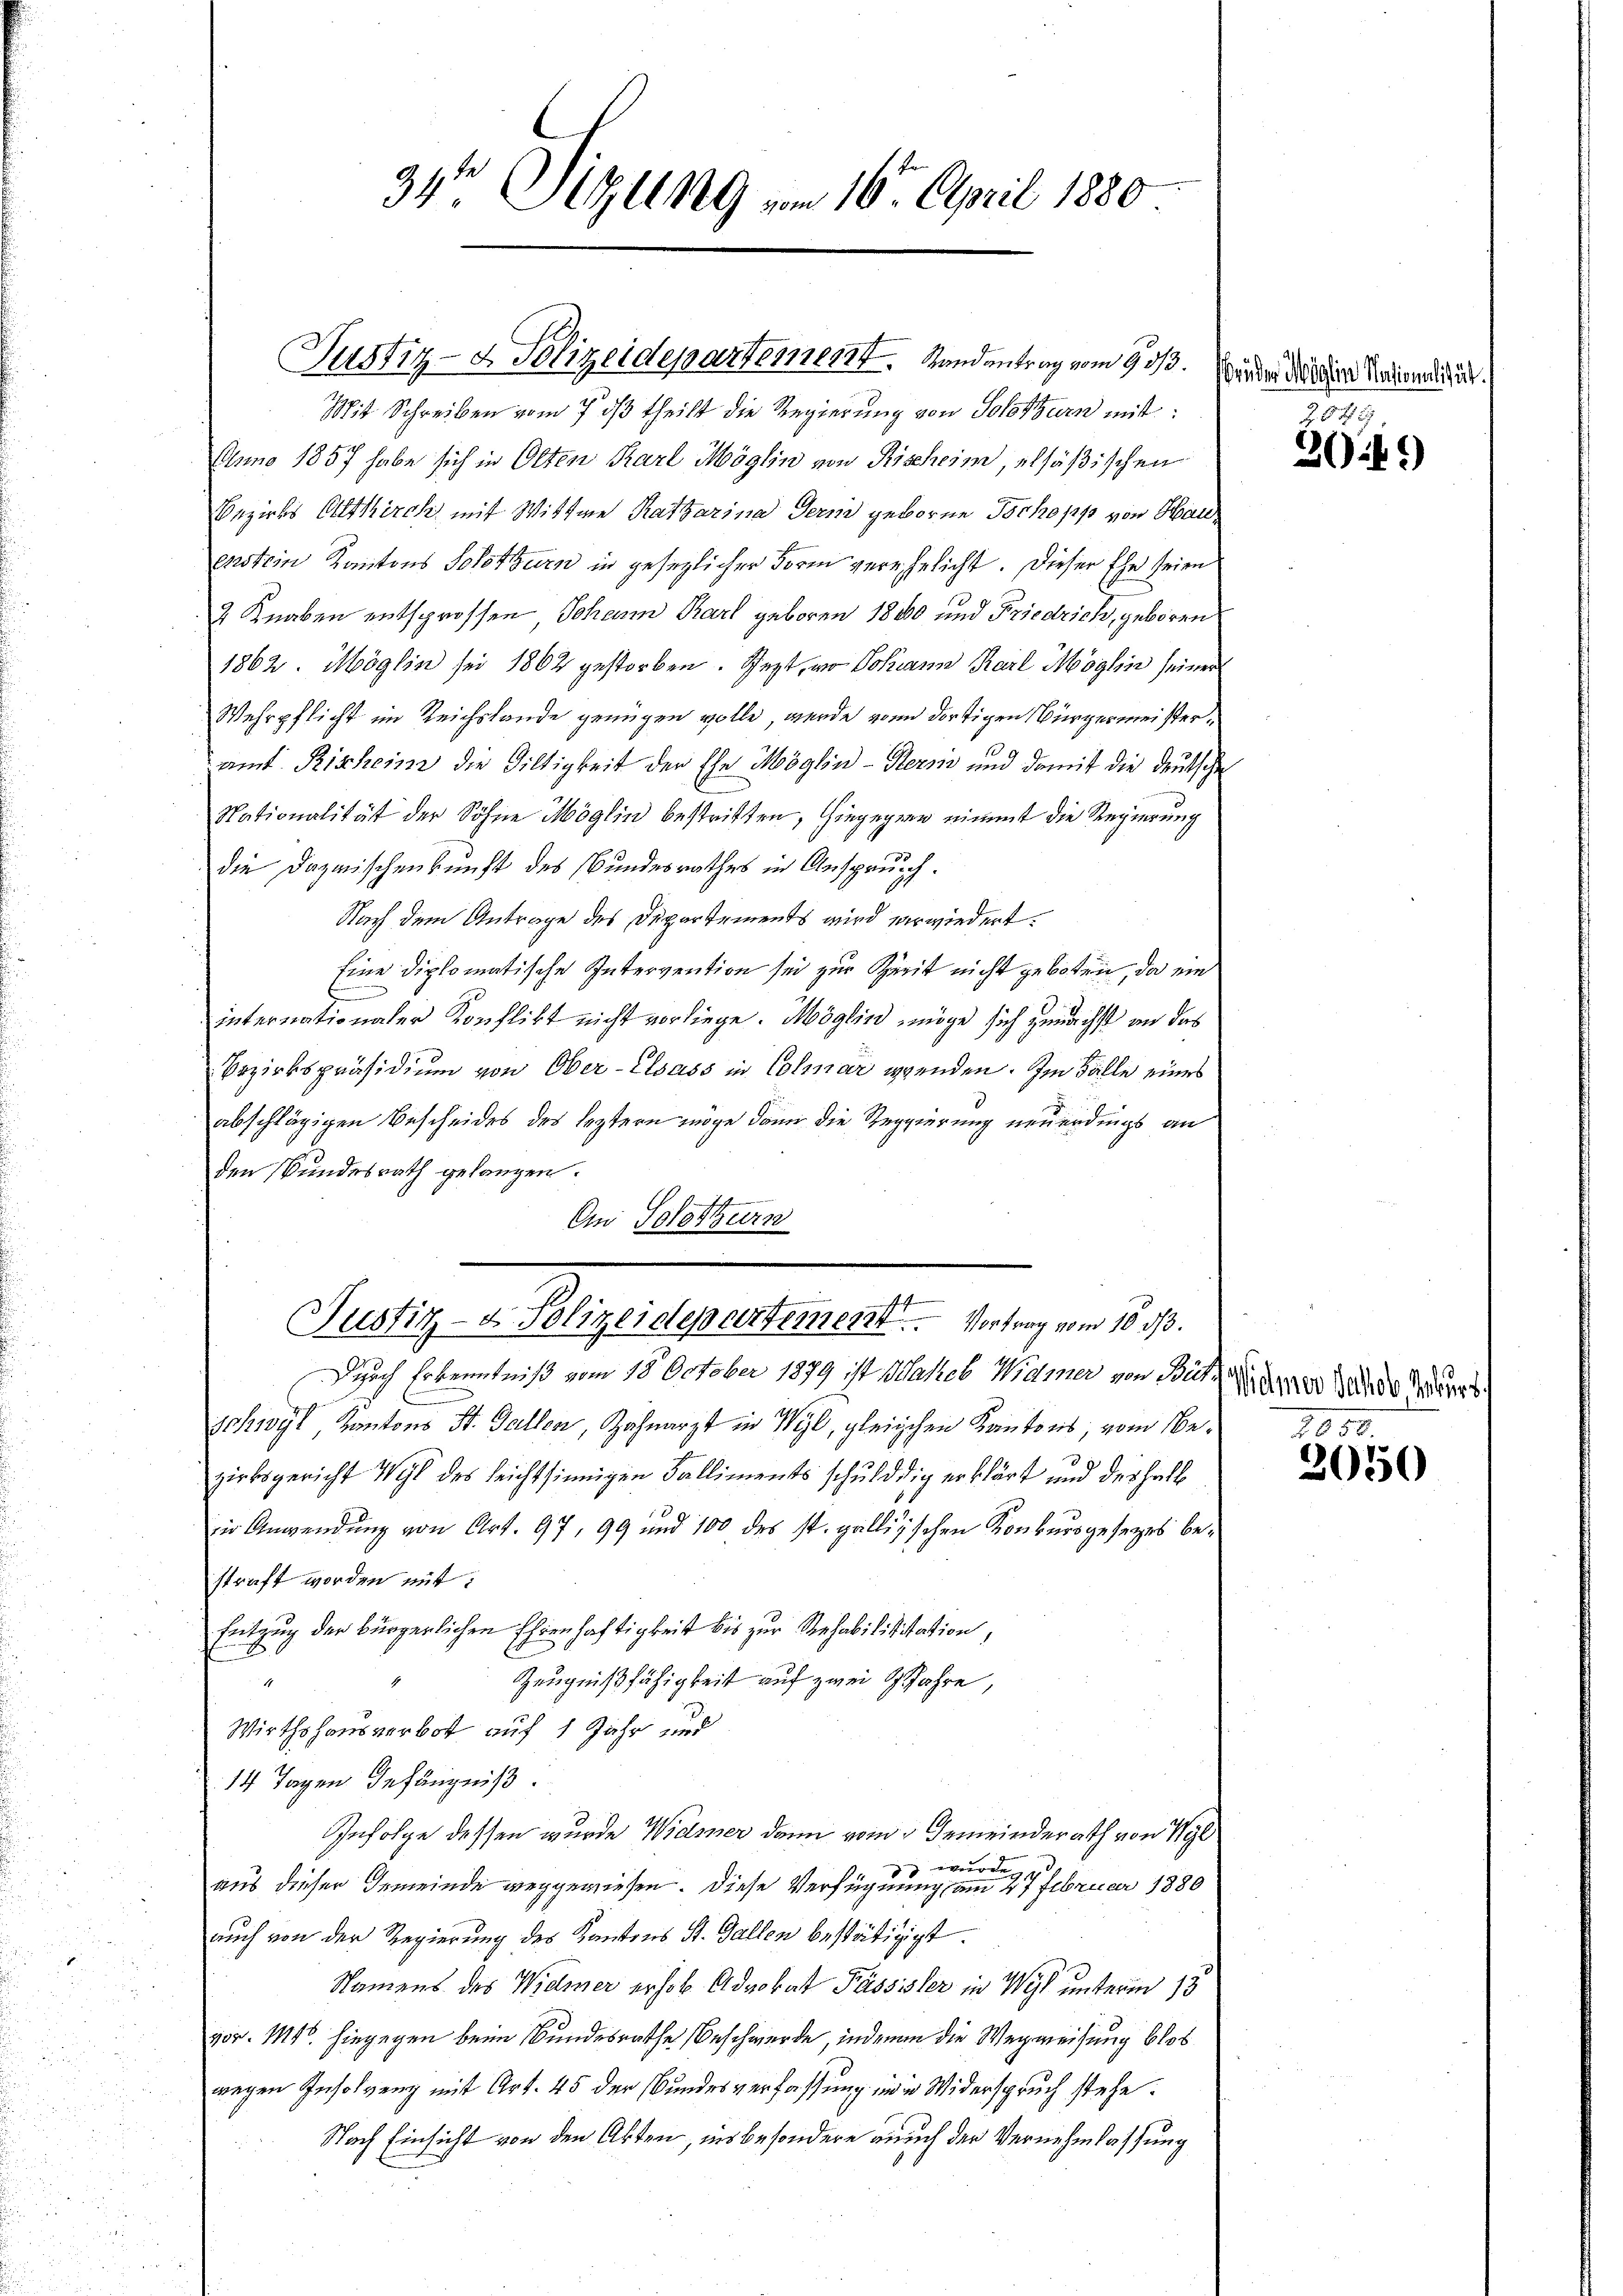
34te Sizung vom 16. April 1880

Justiz- & Polizeidepartement. Handentrag vom 9. ds. Wender Niedere Paten die

Mit Schreiben vom 7. dβ theilt die Regierung von Solothurn mit
Anno 1857 habe sich in Olten Karl Möglin von Rischeim, elsäßischen
Bezirks Altkirch, mit Wittwe Ratharina Germ geboren Tochopp von Hauenstein Kantons Solothurn in gesezlicher Form verehelicht. Dieser Ehe seien
2 Knaben entsprossen Johann Karl geboren 1880 und Friedrich, geboren
1862. Möglin sei 1862 gestorben. Sept, an Johann Karl Möglin seiner
Wehrpflicht im Reichstande genügen wolle, werde von dortigen Bürgermeisteramt Rischein die Diltigkeit der Ehe Möglin-Stern und damit die Deutsche
Nationalität der Söhne Möglin bestritten, hingegen nimmt die Regierung
die Dazwischenkunft des Bundesrathes in Anspruch.
Nach dem Antrage des Departements wird verwiedert.
Eine diplomatische Intervention sei zur Zeit nicht geboten, da ein
-
internationaler Konflikt nicht vorliege. Möglin möge sich zunächst an das
Bezirkspräsidium von Ober-Elsass in Colmar wenden. Im Falle eines
abschlägigen Bescheides des leztern möge dann die Reggierung neuerdings an
den Bundesrath gelangen.
An Solothurn
Justiz- & Polizeidepartement. Vortrag vom 10 3/3.
Durch Erkenntniß vom 18. October 1879 ist Hakeb Widmer von Bät-
Schwyl Kantons St. Gallen, Zahnarzt in Wyl, gleichen Kantons, vom 16. 2050
zirksgericht Wyl des leichtsinnigen Falliments schulddig erklärt und deshalb
in Anwendung von Art. 97, 99 und 100 des st. gallizschen Konkursgesetzes bestraft worden mit:
Entzug der bürgerlichen Ehrenhaftigkeit bis zur Rehabilisitation,
Zeugnißfähigkeit auf zwei Gefahre,
Wirthshausverbot auf 1 Jahr und
14 Tagen Gefängniß.
Infolge dessen wurde Widmer dann vom Gemeinderath von Wyl
 wurden
aus dieser Gemeinde weggewiesen. Diese Verfügung am 27 Februar 1880
auch von der Regierung des Kantons St. Gallen bestätigigt.
Namens des Widmer erhob Advokat Passister in Wyl unterm 13
vor. Mts. hingegen beim Bundesrathe Beschwerde, indem die Wegweisung blos
wegen Insolvenz mit Art. 45 der Bundesverfassung in in Widerspruch stehe.
Nach Einsicht von den Akten, ins besondere auch der Vernehmlassung

Z. 545

309)

Widmer Jakob Rekurs

2050